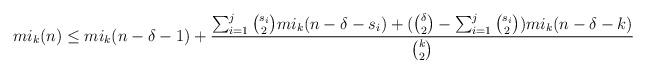
LaTeX: \begin{align*}mi_k(n)\le mi_k(n-\delta-1)+\frac{\sum_{i=1}^j \binom{s_i}{2}mi_k(n-\delta-s_i)+(\binom{\delta}{2}-\sum_{i=1}^j\binom{s_i}{2})mi_k(n-\delta-k)}{\binom{k}{2}}\end{align*}